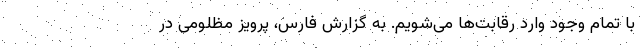
با تمام وجود وارد رقابت‌ها می‌شویم. به گزارش فارس، پرویز مظلومی در